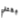
بقتلي